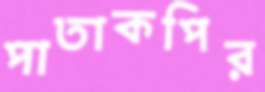
পাতাকপির